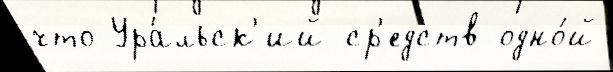
что Ура́льск'ий ср'едств одно́й